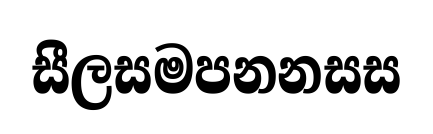
සීලසමපනනසස